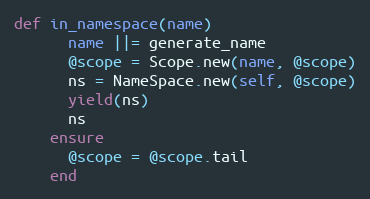
Language: Ruby
def in_namespace(name)
      name ||= generate_name
      @scope = Scope.new(name, @scope)
      ns = NameSpace.new(self, @scope)
      yield(ns)
      ns
    ensure
      @scope = @scope.tail
    end